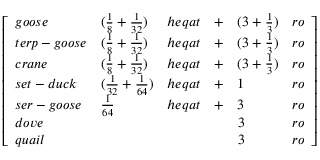
{ \left[ \begin{array} { l l l l l l } { g o o s e } & { ( { \frac { 1 } { 8 } } + { \frac { 1 } { 3 2 } } ) } & { h e q a t } & { + } & { ( 3 + { \frac { 1 } { 3 } } ) } & { r o } \\ { t e r p - g o o s e } & { ( { \frac { 1 } { 8 } } + { \frac { 1 } { 3 2 } } ) } & { h e q a t } & { + } & { ( 3 + { \frac { 1 } { 3 } } ) } & { r o } \\ { c r a n e } & { ( { \frac { 1 } { 8 } } + { \frac { 1 } { 3 2 } } ) } & { h e q a t } & { + } & { ( 3 + { \frac { 1 } { 3 } } ) } & { r o } \\ { s e t - d u c k } & { ( { \frac { 1 } { 3 2 } } + { \frac { 1 } { 6 4 } } ) } & { h e q a t } & { + } & { 1 } & { r o } \\ { s e r - g o o s e } & { { \frac { 1 } { 6 4 } } } & { h e q a t } & { + } & { 3 } & { r o } \\ { d o v e } & & & & { 3 } & { r o } \\ { q u a i l } & & & & { 3 } & { r o } \end{array} \right] }